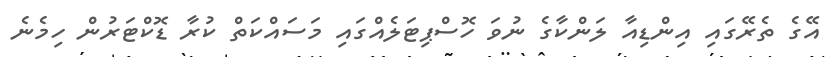
އޭގެ ތެރޭގައި އިންޑިއާ ލަންކާގެ ނުވަ ހޮސްޕިޓަލެއްގައި މަސައްކަތް ކުރާ ޑޮކްޓަރުން ހިމެނެ